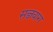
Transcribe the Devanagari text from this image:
सब्जबाग